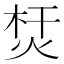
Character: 𤉀